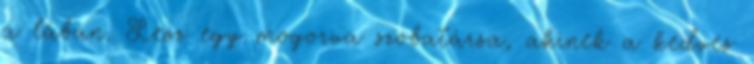
a lábán. Lesz egy mogorva szobatársa, akinek a kedves